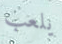
يلعب